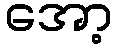
အော့